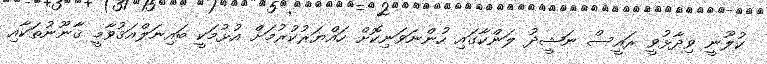
ކުލޫނީ ވިދާޅުވީ ރައީސް ނަޝީދު ލަންކާގައި ހުންނަވަނިކޮށް ހައްޔަރުކުރުމަށް އުޅުމަކީ ބައިނަލްއަޤުވާމީ ޤާނޫނުތަކާއި